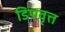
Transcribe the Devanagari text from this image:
डिपवृत्त